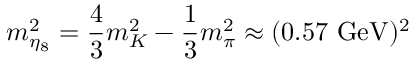
m _ { \eta _ { 8 } } ^ { 2 } = { \frac { 4 } { 3 } } m _ { K } ^ { 2 } - { \frac { 1 } { 3 } } m _ { \pi } ^ { 2 } \approx ( 0 . 5 7 \, \, \mathrm { G e V } ) ^ { 2 }